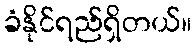
ခံနိုင်ရည်ရှိတယ်။